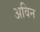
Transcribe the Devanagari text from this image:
अविन